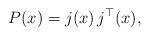
LaTeX: \begin{align*} P(x)=j(x)\, j^\top(x),\end{align*}